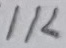
Text: 1K